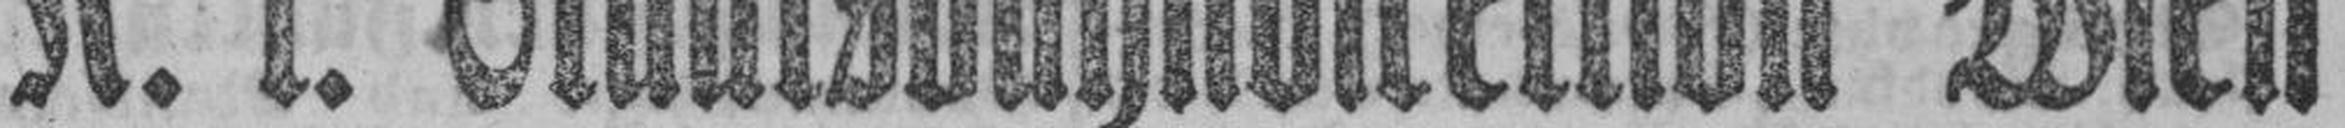
K. k. Staatsbahndirektion Wien